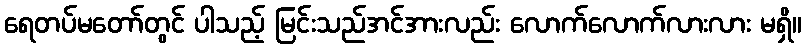
ရေတပ်မတော်တွင် ပါသည့် မြင်းသည်အင်အားလည်း လောက်လောက်လားလား မရှိ။